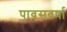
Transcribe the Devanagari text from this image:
पावसवर्षा